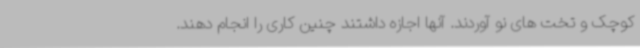
کوچک و تخت های نو آوردند. آنها اجازه داشتند چنین کاری را انجام دهند.